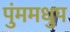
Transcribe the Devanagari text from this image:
पुंममधुप